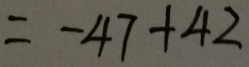
= - 4 7 + 4 2